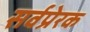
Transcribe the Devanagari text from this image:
सर्वप्रेरक